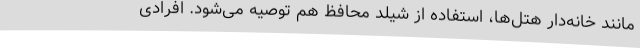
مانند خانه‌دار هتل‌ها، استفاده از شیلد محافظ هم توصیه می‌شود. افرادی